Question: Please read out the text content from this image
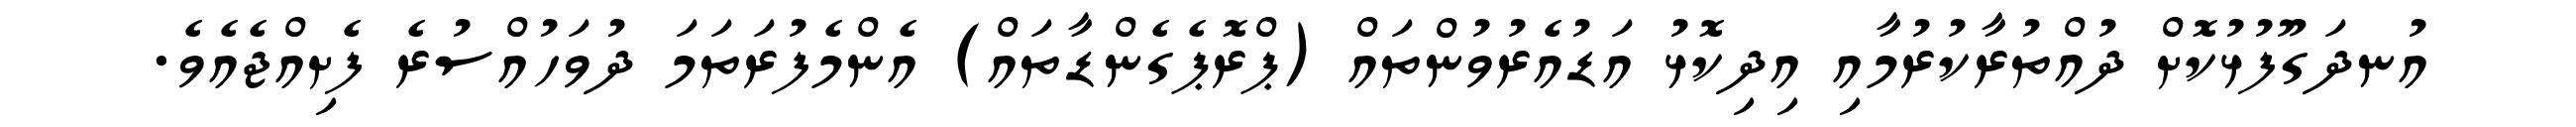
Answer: އުނދަގޫފުޅުކޮށް ދުއްތުރާކުރުމާއި އިދިކޮޅު އަޑުއެރުވުންތައް (ޕްރޮޕެގެންޑާތައް) އެންމެފުރަތަމަ ދުވަހުއްސުރެ ފެށިއްޖެއެވެ.